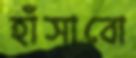
হাঁসাবো